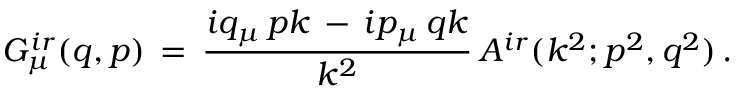
G _ { \mu } ^ { i r } ( q , p ) \, = \, \frac { i q _ { \mu } \, p k \, - \, i p _ { \mu } \, q k } { k ^ { 2 } } \, A ^ { i r } ( k ^ { 2 } ; p ^ { 2 } , q ^ { 2 } ) \, .